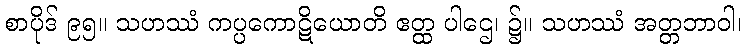
စာပိုဒ် ၉၅။ သဟဿံ ကပ္ပကောဋိယောတိ ဧတ္ထ ပါဌေ၊ ၌။ သဟဿံ အတ္တဘာဝါ၊